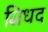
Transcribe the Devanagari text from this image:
सिधद